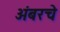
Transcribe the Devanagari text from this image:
अंबरचे